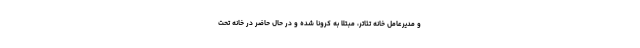
و مدیرعامل خانه تئاتر، مبتلا به کرونا شده و در حال حاضر در خانه تحت